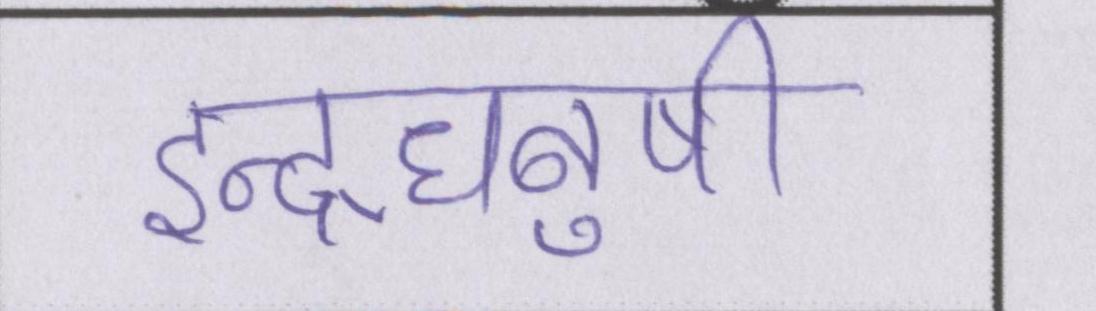
इन्द्रधनुषी